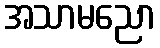
အသာမညော